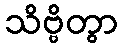
သိဗ္ဗိတွာ